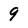
Character: 9